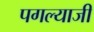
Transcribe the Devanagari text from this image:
पगल्याजी